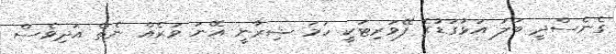
ގެނެސްދީ ބަލަ އަޅުގަޑުގެ ފޭވަރިޓަކީ ހަމަ ޝިރާނީ އޭނަ ވަރެއް ނެތް އަދިވެސް